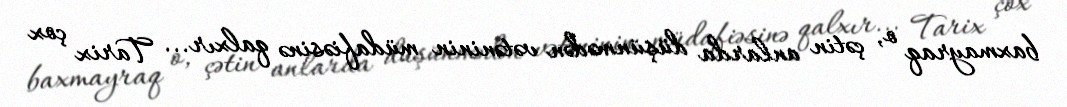
baxmayraq o, çətin anlarda düşünmədən vətəninin müdafiəsinə qalxır... Tarix çox